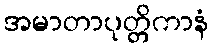
အမာတာပုတ္တိကာနံ